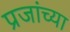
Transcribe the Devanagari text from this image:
प्रजांच्या